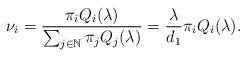
LaTeX: \begin{align*}\nu_{i}=\frac{\pi_{i}Q_{i}(\lambda)}{\sum_{j\in\mathbb{N}}\pi_{j}Q_{j}(\lambda)}=\frac{\lambda}{{d}_{1}}\pi_{i}Q_{i}(\lambda).\end{align*}